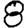
Digit: 8